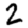
Digit: 2